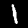
Label: 1